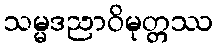
သမ္မဒညာဝိမုတ္တဿ